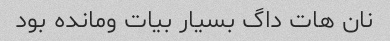
نان هات داگ بسیار بیات ومانده بود